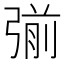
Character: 𭚿